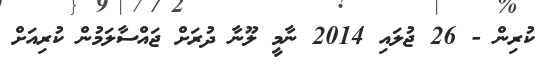
ކުރިން - 26 ޖުލައި 2014 ނާމީ ލޫނާ ދުރަށް ޖައްސާލަމުން ކުރިއަށް